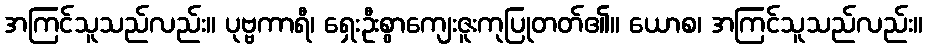
အကြင်သူသည်လည်း။ ပုဗ္ဗကာရီ၊ ရှေးဦးစွာကျေးဇူးကုပြုတတ်၏။ ယောစ၊ အကြင်သူသည်လည်း။